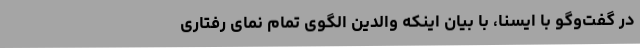
در گفت‌وگو با ایسنا، با بیان اینکه والدین الگوی تمام نمای رفتاری